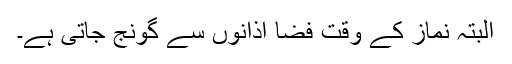
البتہ نماز کے وقت فضا اذانوں سے گونج جاتی ہے۔